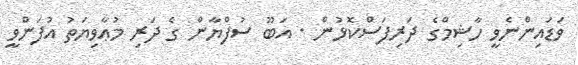
ވަޑައިންނެވީ ހާޝިމްގެ ދަރިފަސްކޮޅުން . އަބޫ ސުފްޔާން ގެ ދަރި މުޢާވިޔަތު އުފަންވީ